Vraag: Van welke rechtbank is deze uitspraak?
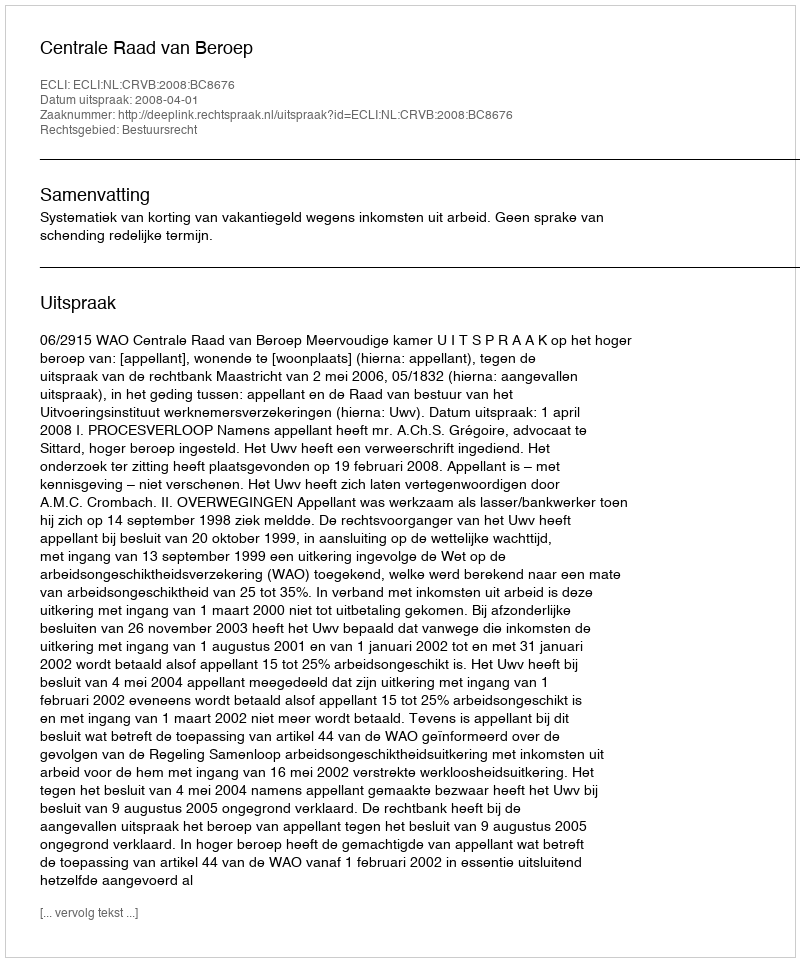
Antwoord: Centrale Raad van Beroep